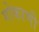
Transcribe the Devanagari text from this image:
गोकाणी